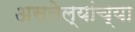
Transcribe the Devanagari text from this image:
असलेल्यांच्या